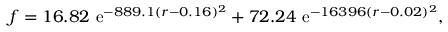
f = 1 6 . 8 2 \ \mathrm { e } ^ { - 8 8 9 . 1 ( r - 0 . 1 6 ) ^ { 2 } } + 7 2 . 2 4 \ \mathrm { e } ^ { - 1 6 3 9 6 ( r - 0 . 0 2 ) ^ { 2 } } ,